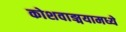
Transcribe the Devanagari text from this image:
कोशवाङ्मयामध्ये